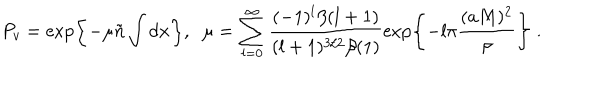
P _ { v } = \exp \left\{ - \mu \tilde { n } \int d { \bf x } \right\} , \; \; \mu = \sum _ { l = 0 } ^ { \infty } \frac { ( - 1 ) ^ { l } \beta ( l + 1 ) } { ( l + 1 ) ^ { 3 / 2 } \beta ( 1 ) } \exp \left\{ - l \pi \frac { ( a M ) ^ { 2 } } { \rho } \right\} \; .